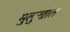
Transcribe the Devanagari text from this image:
मुलुखांत